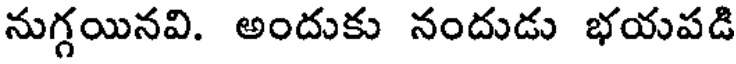
నుగ్గయినవి. అందుకు నందుడు భయపడి